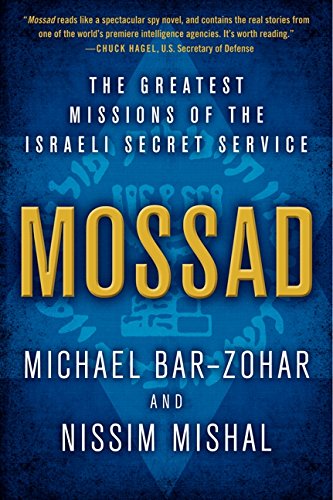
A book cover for Mossad: The Greatest Missions of the Israeli Secret Service; Michael Bar-Zohar; Biographies & Memoirs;